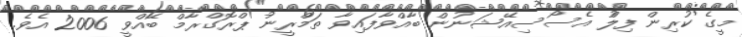
މީގެ ކުރިން ފިލްު އެސޯސިއޭޝަނުން ބާއްވާފައިވާ ތަމްރީނު ޕްރޮގްރާމް ބޭއްވީ 2006 އެވެ.